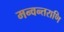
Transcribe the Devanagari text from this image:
मन्वन्तराणि